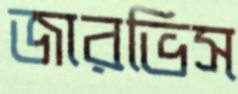
জারভিস